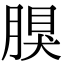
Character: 𦝳